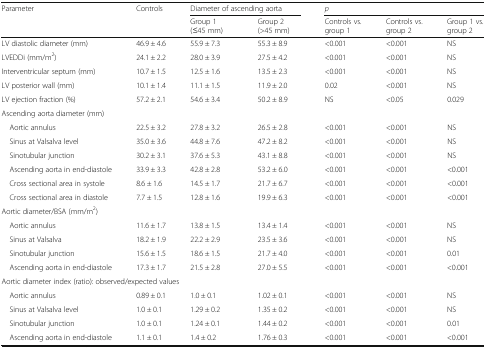
<table><thead><tr><td rowspan="2"><b>Parameter</b></td><td rowspan="2"><b>Controls</b></td><td colspan="2"><b>Diameter of ascending aorta</b></td><td colspan="3"><b><i>p</i></b></td></tr><tr><td><b>Group 1 (≤45 mm)</b></td><td><b>Group 2 (&gt;45 mm)</b></td><td><b>Controls vs. group 1</b></td><td><b>Controls vs. group 2</b></td><td><b>Group 1 vs. group 2</b></td></tr></thead><tbody><tr><td>LV diastolic diameter (mm)</td><td>46.9 ± 4.6</td><td>55.9 ± 7.3</td><td>55.3 ± 8.9</td><td>&lt;0.001</td><td>&lt;0.001</td><td>NS</td></tr><tr><td>LVEDDi (mm/m<sup>2</sup>)</td><td>24.1 ± 2.2</td><td>28.0 ± 3.9</td><td>27.5 ± 4.2</td><td>&lt;0.001</td><td>&lt;0.001</td><td>NS</td></tr><tr><td>Interventricular septum (mm)</td><td>10.7 ± 1.5</td><td>12.5 ± 1.6</td><td>13.5 ± 2.3</td><td>&lt;0.001</td><td>&lt;0.001</td><td>NS</td></tr><tr><td>LV posterior wall (mm)</td><td>10.1 ± 1.4</td><td>11.1 ± 1.5</td><td>11.9 ± 2.0</td><td>0.02</td><td>&lt;0.001</td><td>NS</td></tr><tr><td>LV ejection fraction (%)</td><td>57.2 ± 2.1</td><td>54.6 ± 3.4</td><td>50.2 ± 8.9</td><td>NS</td><td>&lt;0.05</td><td>0.029</td></tr><tr><td colspan="7">Ascending aorta diameter (mm)</td></tr><tr><td> Aortic annulus</td><td>22.5 ± 3.2</td><td>27.8 ± 3.2</td><td>26.5 ± 2.8</td><td>&lt;0.001</td><td>&lt;0.001</td><td>NS</td></tr><tr><td> Sinus at Valsalva level</td><td>35.0 ± 3.6</td><td>44.8 ± 7.6</td><td>47.2 ± 8.2</td><td>&lt;0.001</td><td>&lt;0.001</td><td>NS</td></tr><tr><td> Sinotubular junction</td><td>30.2 ± 3.1</td><td>37.6 ± 5.3</td><td>43.1 ± 8.8</td><td>&lt;0.001</td><td>&lt;0.001</td><td>NS</td></tr><tr><td> Ascending aorta in end-diastole</td><td>33.9 ± 3.3</td><td>42.8 ± 2.8</td><td>53.2 ± 6.0</td><td>&lt;0.001</td><td>&lt;0.001</td><td>&lt;0.001</td></tr><tr><td> Cross sectional area in systole</td><td>8.6 ± 1.6</td><td>14.5 ± 1.7</td><td>21.7 ± 6.7</td><td>&lt;0.001</td><td>&lt;0.001</td><td>&lt;0.001</td></tr><tr><td> Cross sectional area in diastole</td><td>7.7 ± 1.5</td><td>12.8 ± 1.6</td><td>19.9 ± 6.3</td><td>&lt;0.001</td><td>&lt;0.001</td><td>&lt;0.001</td></tr><tr><td colspan="7">Aortic diameter/BSA (mm/m<sup>2</sup>)</td></tr><tr><td> Aortic annulus</td><td>11.6 ± 1.7</td><td>13.8 ± 1.5</td><td>13.4 ± 1.4</td><td>&lt;0.001</td><td>&lt;0.001</td><td>NS</td></tr><tr><td> Sinus at Valsalva</td><td>18.2 ± 1.9</td><td>22.2 ± 2.9</td><td>23.5 ± 3.6</td><td>&lt;0.001</td><td>&lt;0.001</td><td>NS</td></tr><tr><td> Sinotubular junction</td><td>15.6 ± 1.5</td><td>18.6 ± 1.5</td><td>21.7 ± 4.0</td><td>&lt;0.001</td><td>&lt;0.001</td><td>0.01</td></tr><tr><td> Ascending aorta in end-diastole</td><td>17.3 ± 1.7</td><td>21.5 ± 2.8</td><td>27.0 ± 5.5</td><td>&lt;0.001</td><td>&lt;0.001</td><td>&lt;0.001</td></tr><tr><td colspan="7">Aortic diameter index (ratio): observed/expected values</td></tr><tr><td> Aortic annulus</td><td>0.89 ± 0.1</td><td>1.0 ± 0.1</td><td>1.02 ± 0.1</td><td>&lt;0.001</td><td>&lt;0.001</td><td>NS</td></tr><tr><td> Sinus at Valsalva level</td><td>1.0 ± 0.1</td><td>1.29 ± 0.2</td><td>1.35 ± 0.2</td><td>&lt;0.001</td><td>&lt;0.001</td><td>NS</td></tr><tr><td> Sinotubular junction</td><td>1.0 ± 0.1</td><td>1.24 ± 0.1</td><td>1.44 ± 0.2</td><td>&lt;0.001</td><td>&lt;0.001</td><td>0.01</td></tr><tr><td> Ascending aorta in end-diastole</td><td>1.1 ± 0.1</td><td>1.4 ± 0.2</td><td>1.76 ± 0.3</td><td>&lt;0.001</td><td>&lt;0.001</td><td>&lt;0.001</td></tr></tbody></table>